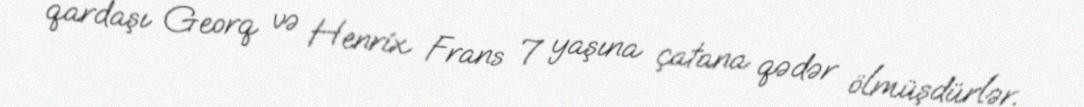
qardaşı Georq və Henrix Frans 7 yaşına çatana qədər ölmüşdürlər.